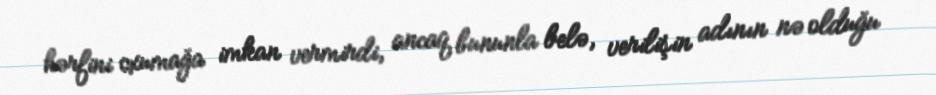
hərfini oxumağa imkan vermirdi, ancaq bununla belə, verilişin adının nə olduğu